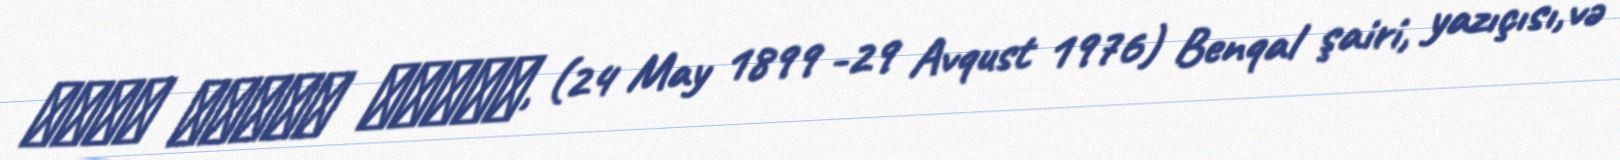
কাজী নজরুল ইসলাম, (24 May 1899 -29 Avqust 1976) Benqal şairi, yazıçısı,və